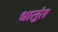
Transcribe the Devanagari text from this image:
धातूंत